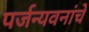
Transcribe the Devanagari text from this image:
पर्जन्यवनांचे